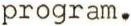
program.